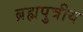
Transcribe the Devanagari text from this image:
ब्रह्मपुत्रीय